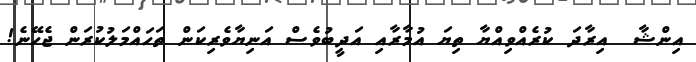
އިންޝާ  އިރާދަ ކުރެއްވިއްޔާ ތިޔަ އުމާރާއި އަދީބުވެސް އަނިޔާވެރިކަން ތަހައްމަލުކުރަން ޖެހޭނެ!